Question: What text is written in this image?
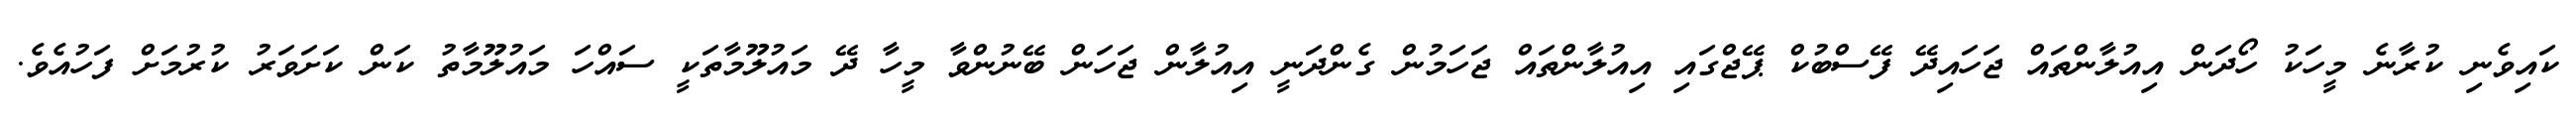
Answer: ކައިވެނި ކުރާނެ މީހަކު ހޯދަން އިއުލާންތައް ޖަހައިދޭ ފޭސްބުކް ޕޭޖްގައި އިއުލާންތައް ޖަހަމުން ގެންދަނީ އިއުލާން ޖަހަން ބޭނުންވާ މީހާ ދޭ މައުލޫމާތަކީ ސައްހަ މައުލޫމާތު ކަން ކަށަވަރު ކުރުމަށް ފަހުއެވެ.